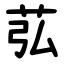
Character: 苰